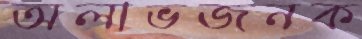
অলাভজনক